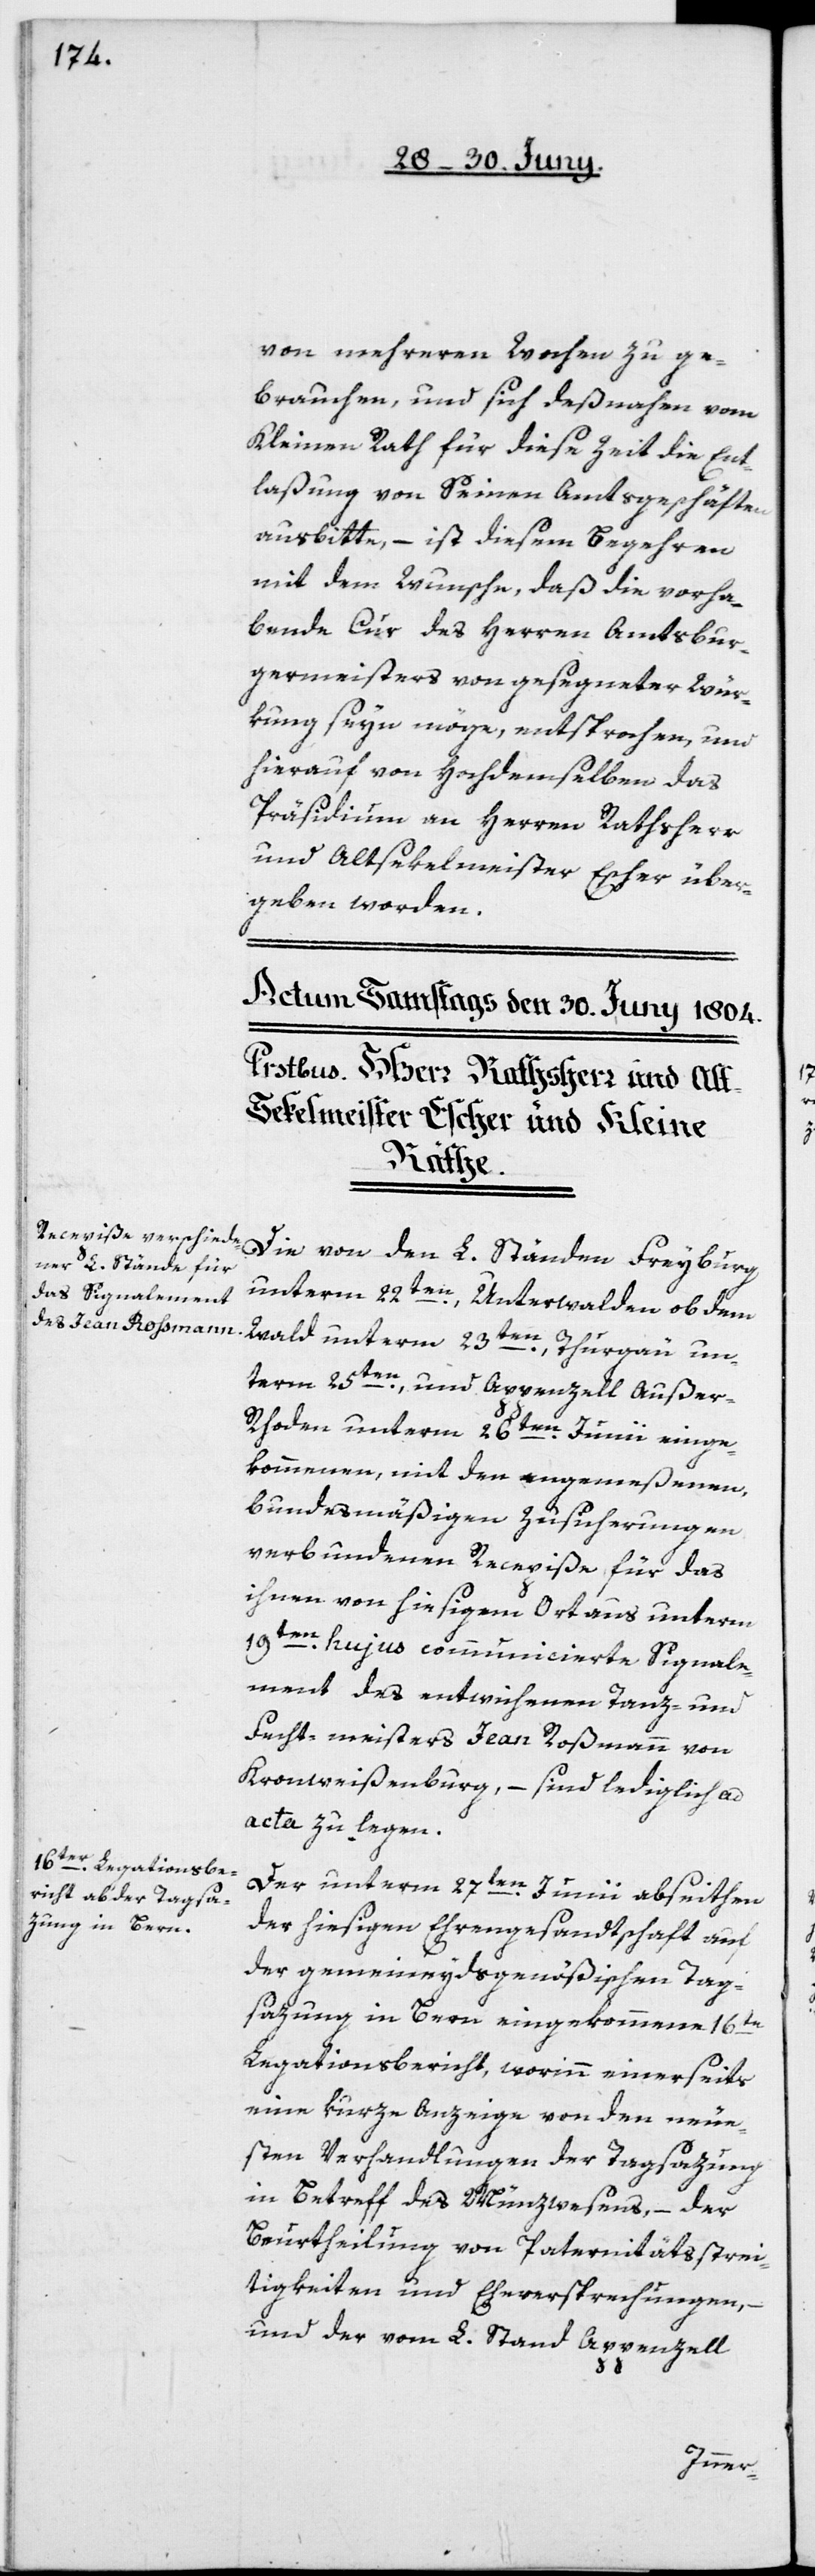
von mehreren Wochen zu ge¬
brauchen, und sich deßnahen vom
Kleinen Rath für diese Zeit die Ent¬
laßung von Seinen Amtsgeschäften
ausbitte, – ist diesem Begehren
mit dem Wunsche, daß die vorha¬
bende Cur des Herren Amtsbur¬
germeisters von gesegneter Wür¬
kung seyn möge, entsprochen, und
hierauf von Hochdemselben das
Präsidium an Herren Rathsherr
und Altsekelmeister Escher über¬
geben worden.
Die von den L. Ständen Freyburg
unterm 22ten, Unterwalden ob dem
Wald unterm 23ten, Thurgau un¬
term 25ten, und Appenzell Außer
Rhoden unterm 26ten Junii einge¬
kommenen, mit den angemeßenen,
bundesmäßigen Zusicherungen
verbundenen Recepiße für das
ihnen von hiesigem Ort aus unterm
19ten hujus communicierte Signale¬
ment des entwichenen Tanz- und
Fecht-Meisters Jean Roßmann von
Kronwißenbueg, – sind lediglich ad
acta zu legen.
Der unterm 27ten Junii abseithen
der hiesigen Ehrengesandtschaft auf
der gemeineydsgenößischen Tag¬
sazung in Bern eingekommene 16te
Legationsbericht, worinn einerseits
eine kurze Anzeige von den neue¬
sten Verhandlungen der Tagsazung
in Betreff des Münzwesens, – der
Beurtheilung von Paternitätsstrei¬
tigkeiten und Eheversprechnungen, –
und der vom L. Stand Appenzell